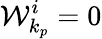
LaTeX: \mathcal{W}_{k_{p}}^{i}=0